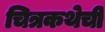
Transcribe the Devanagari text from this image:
चित्रकथेची